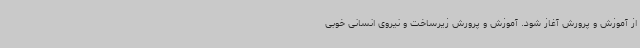
از آموزش و پرورش آغاز شود. آموزش و پرورش زیرساخت و نیروی انسانی خوبی